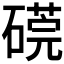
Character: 𥕜